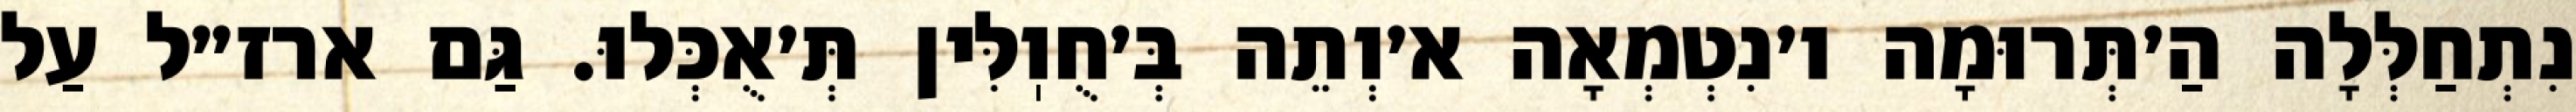
נִתְחַלְּלָה הַ׳תְּרוּמָה ו׳נִטְמְאָה א׳וְתֵה בְּ׳חֻוֽלִּין תְּ׳אֻכְּלוּ. גַּם ארז״ל עַל